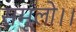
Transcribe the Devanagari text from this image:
समूलो।।